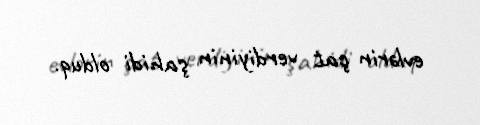
evlərin çat verdiyinin şahidi olduq.